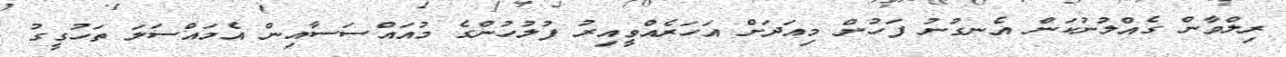
ރިލްވާން ގެއްލުނުކަން އެނގުނު ފަހުން މިއަދަށް އަހަރެއްވީއިރު ފުލުހުންގެ މުއައްސަސާއިން އެމައްސަލަ ތަހުގީގު